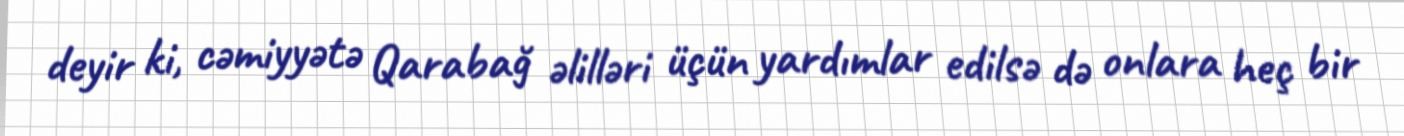
deyir ki, cəmiyyətə Qarabağ əlilləri üçün yardımlar edilsə də onlara heç bir